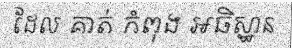
ដែល គាត់ កំពុង អធិស្ឋាន